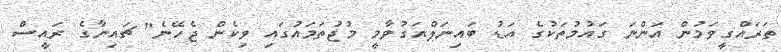
ތަރައްގީވަމުން އަންނަ ގައުމުތަކުގެ އަޑު ބައިނަލްއަގުވާމީ މުޖުތަމައުގައި ވިކެން ޖެހޭނެ" ޗައިނާގެ ރައީސް